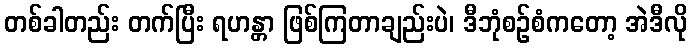
တစ်ခါတည်း တက်ပြီး ရဟန္တာ ဖြစ်ကြတာချည်းပဲ၊ ဒီဘုံစဉ်စံကတော့ အဲဒီလို